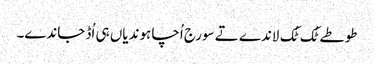
طوطے ٹُک ٹُک لاندے تے سورج اُچا ہوندیاں ہی اُڈ جاندے۔